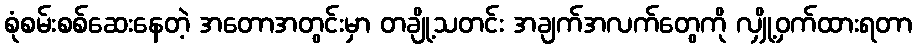
စုံစမ်းစစ်ဆေးနေတဲ့ အတောအတွင်းမှာ တချို့သတင်း အချက်အလက်တွေကို လျှို့ဝှက်ထားရတာ